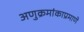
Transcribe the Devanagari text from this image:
अणुक्रमांकाप्रमाणे